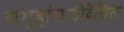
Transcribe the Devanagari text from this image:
समूहांसाठीदेखिल